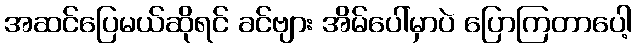
အဆင်ပြေမယ်ဆိုရင် ခင်ဗျား အိမ်ပေါ်မှာပဲ ပြောကြတာပေါ့